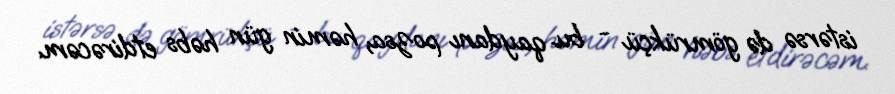
istərsə də gömrükçü - bu qaydanı pozsa, həmin gün həbs etdirəcəm.